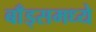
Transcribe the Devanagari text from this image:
बाँड्समध्ये